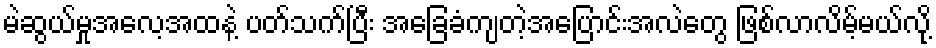
မဲဆွယ်မှုအလေ့အထနဲ့ ပတ်သက်ပြီး အခြေခံကျတဲ့အပြောင်းအလဲတွေ ဖြစ်လာလိမ့်မယ်လို့